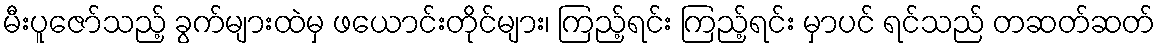
မီးပူဇော်သည့် ခွက်များထဲမှ ဖယောင်းတိုင်များ၊ ကြည့်ရင်း ကြည့်ရင်း မှာပင် ရင်သည် တဆတ်ဆတ်